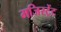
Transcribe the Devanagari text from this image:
मजिस्ट्रेंट